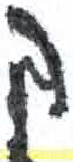
אות: ק